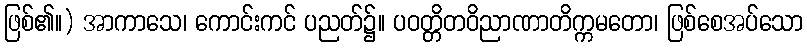
ဖြစ်၏။) အာကာသေ၊ ကောင်းကင် ပညတ်၌။ ပဝတ္တိတဝိညာဏာတိက္ကမတော၊ ဖြစ်စေအပ်သော